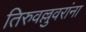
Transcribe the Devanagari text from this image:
तिरुवल्लुवरांना